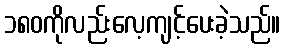
၁၈၀ကိုလည်းလေ့ကျင့်ပေးခဲ့သည်။